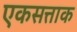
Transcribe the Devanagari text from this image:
एकसत्ताक